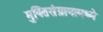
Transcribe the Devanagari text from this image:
मुक्तिसंग्रामामध्ये